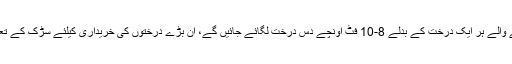
سڑک کو وسعت دینے کیلئے ہر کاٹے جانے والے ہر ایک درخت کے بدلے 8-10 فٹ اونچے دس درخت لگائے جائیں گے، ان بڑے درختوں کی خریداری کیلئے سڑک کے تعمیراتی بجٹ میں باقاعدہ رقم رکھی گئی ہے۔